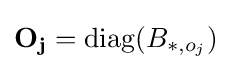
\mathbf {O_{j}} =\mathrm {diag} (B_{*,o_{j}})